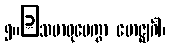
၅။	သမာဓုပေက္ခာ ဗောဇ္ဈင်္ဂါ၊